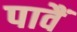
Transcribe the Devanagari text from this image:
पावैं